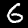
Digit: 6